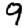
Digit: 9